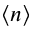
\langle n \rangle